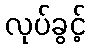
လုပ်ခွင့်